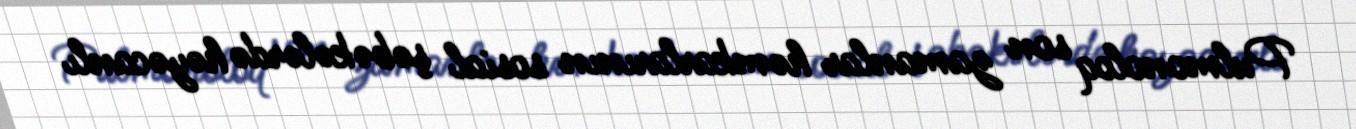
Pulmonoloq son zamanlar həmkarlarının sosial şəbəkələrdə həyəcanlı